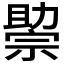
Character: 𰅘